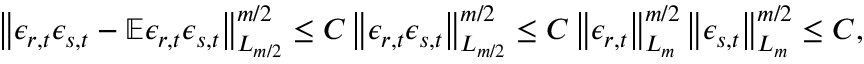
\left\lVert \epsilon _ { r , t } \epsilon _ { s , t } - \mathbb { E } \epsilon _ { r , t } \epsilon _ { s , t } \right\rVert _ { L _ { m / 2 } } ^ { m / 2 } \leq C \left\lVert \epsilon _ { r , t } \epsilon _ { s , t } \right\rVert _ { L _ { m / 2 } } ^ { m / 2 } \leq C \left\lVert \epsilon _ { r , t } \right\rVert _ { L _ { m } } ^ { m / 2 } \left\lVert \epsilon _ { s , t } \right\rVert _ { L _ { m } } ^ { m / 2 } \leq C ,